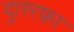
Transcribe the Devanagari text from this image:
दुतरफ़ा